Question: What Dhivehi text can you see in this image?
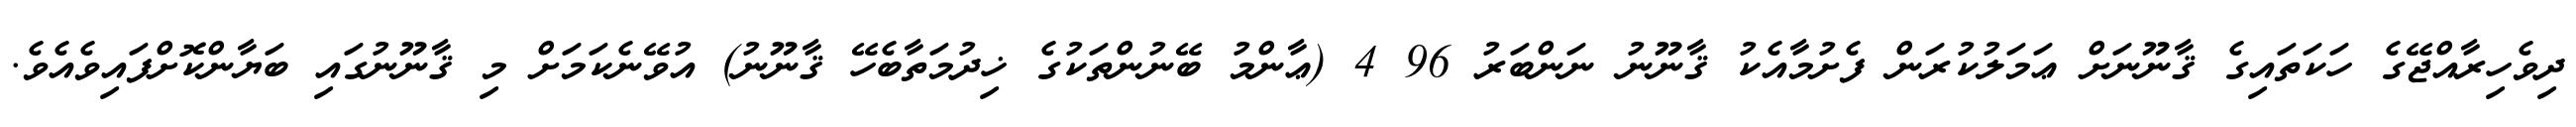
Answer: ދިވެހިރާއްޖޭގެ ހަކަތައިގެ ޤާނޫނަށް ޢަމަލުކުރަން ފެށުމާއެކު ޤާނޫނު ނަންބަރު 96 4 (ޢާންމު ބޭނުންތަކުގެ ޚިދުމަތާބެހޭ ޤާނޫނު) އުވޭނެކަމަށް މި ޤާނޫނުގައި ބަޔާންކޮށްފައިވެއެވެ.